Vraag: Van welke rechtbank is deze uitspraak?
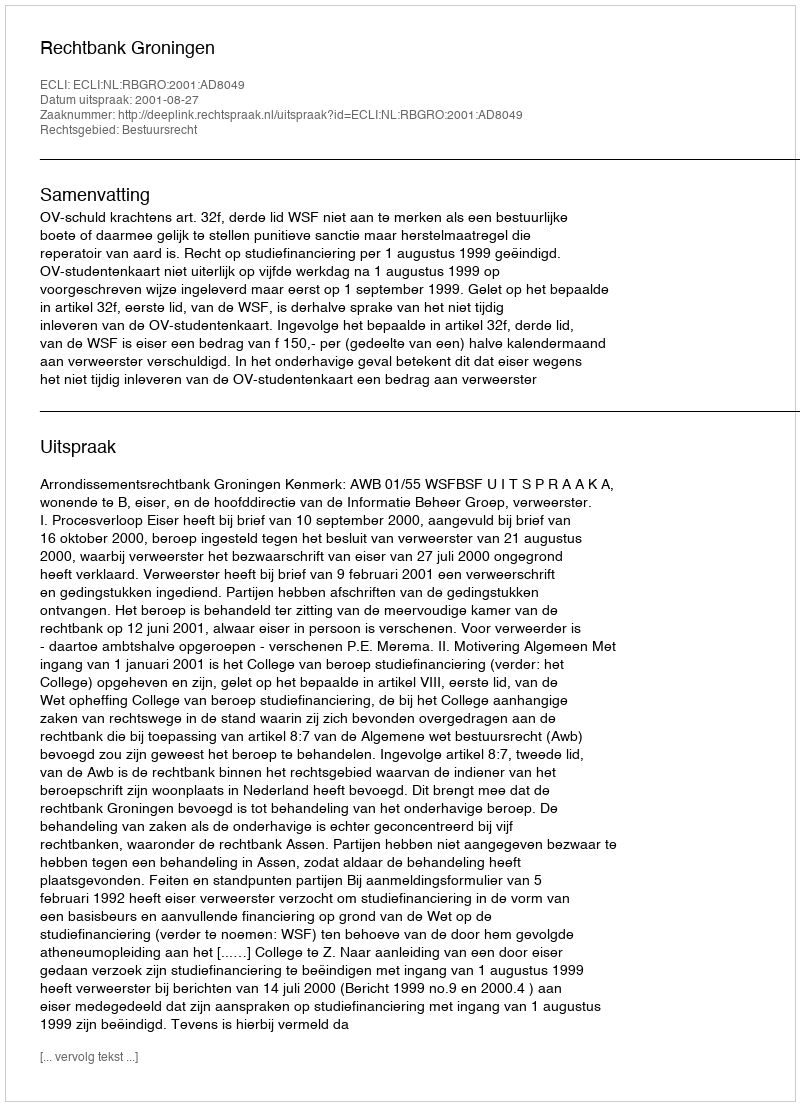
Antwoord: Rechtbank Groningen